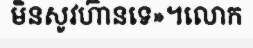
មិនសូវហ៊ានទេ»។លោក